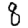
Digit: 8